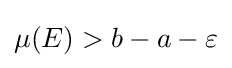
\mu (E)>b-a-\varepsilon